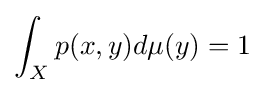
\int _{X}p(x,y)d\mu (y)=1